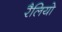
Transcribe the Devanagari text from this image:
रैलियो